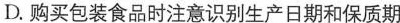
D.购买包装食品时注意识别生产日期和保质期